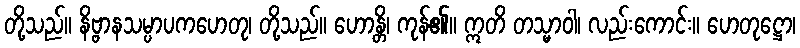
တို့သည်။ နိဗ္ဗာနသမ္ပာပကဟေတု၊ တို့သည်။ ဟောန္တိ၊ ကုန်၏။ ဣတိ တသ္မာဝါ၊ လည်းကောင်း။ ဟေတုဋ္ဌော၊